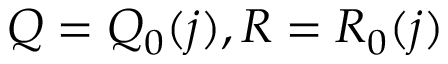
Q = Q _ { 0 } ( j ) , R = R _ { 0 } ( j )